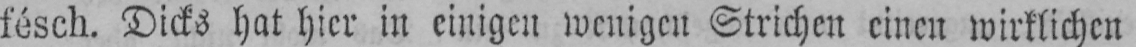
fésch. Dicks hat hier in einigen wenigen Strichen einen wirklichen